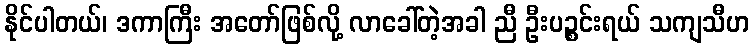
နိုင်ပါတယ်၊ ဒကာကြီး အတော်ဖြစ်လို့ လာခေါ်တဲ့အခါ ညီ ဦးပဉ္စင်းရယ် သကျသီဟ